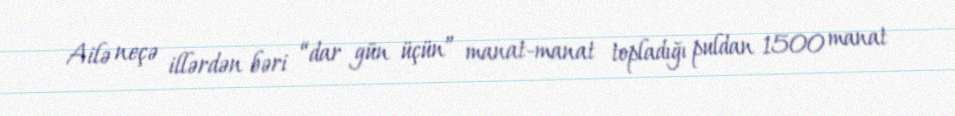
Ailə neçə illərdən bəri “dar gün üçün” manat-manat topladığı puldan 1500 manat